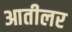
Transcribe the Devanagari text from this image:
आतीलर